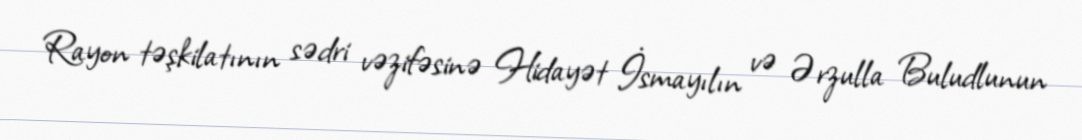
Rayon təşkilatının sədri vəzifəsinə Hidayət İsmayılın və Ərzulla Buludlunun